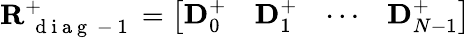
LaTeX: \mathbf{R}_{\mathrm{~{~d~i~a~g~}~-~1~}}^{+}=\left[\begin{array}{llll}{\mathbf{D}_{0}^{+}}&{\mathbf{D}_{1}^{+}}&{\cdots}&{\mathbf{D}_{N-1}^{+}}\end{array}\right]